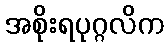
အစိုးရပုဂ္ဂလိက